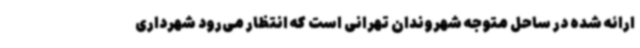
ارائه شده در ساحل متوجه شهروندان تهرانی است که انتظار می‌رود شهرداری